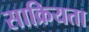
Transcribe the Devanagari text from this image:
साक्रियता